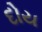
દોય